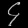
Digit: ၄